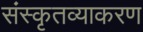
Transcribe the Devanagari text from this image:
संस्कृतव्याकरण